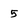
Character: 5